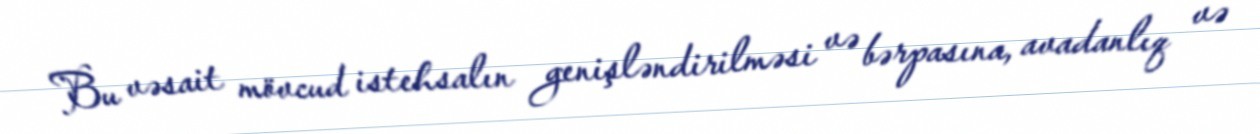
Bu vəsait mövcud istehsalın genişləndirilməsi və bərpasına, avadanlıq və